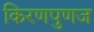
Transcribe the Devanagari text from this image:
किरणपुणज